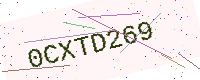
Text: 0CXTD269